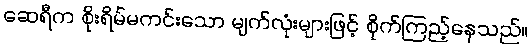
ဆေရီက စိုးရိမ်မကင်းသော မျက်လုံးများဖြင့် စိုက်ကြည့်နေသည်။